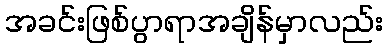
အခင်းဖြစ်ပွာရာအချိန်မှာလည်း